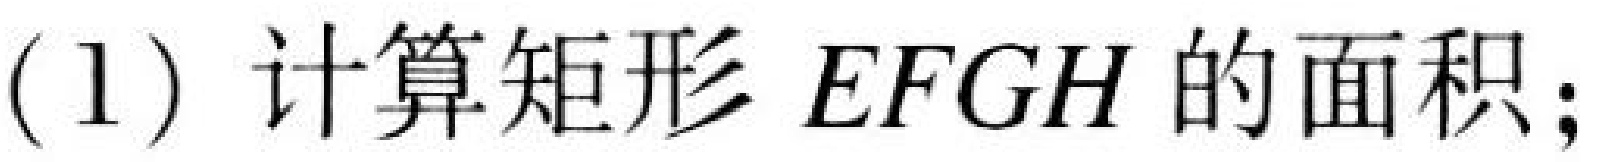
(1) 计算矩形 \(EFGH\) 的面积；